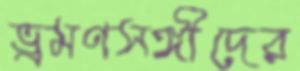
ভ্রমণসঙ্গীদের